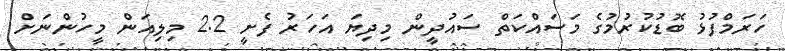
ހަރަމްފުޅު ބޮޑުކުރުމުގެ މަސައްކަތް ސައުދީން މިދިޔަ އަހަރު ފެށީ 2.2 މިިލިއަން މީހުންނަށް